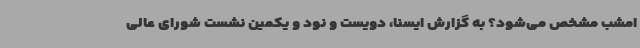
امشب مشخص می‌شود؟ به گزارش ایسنا، دویست و نود و یکمین نشست شورای عالی